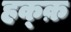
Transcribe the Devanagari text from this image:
हक्क़